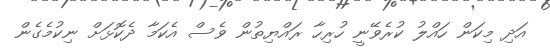
އަދި މިކަން ހައްލު ކުރެވޭނީ ހުރިހާ ރައްޔިތުން ވެސް އެކަމާ ދެކޮޅަށް ނިކުމެގެން